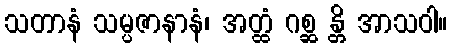
သတာနံ သမ္ပဇာနာနံ၊ အတ္ထံ ဂစ္ဆ န္တိ အာသဝါ။